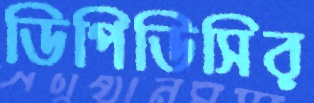
ডিপিডিসির